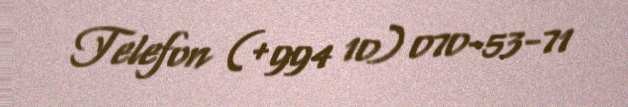
Telefon (+994 10) 070-53-71